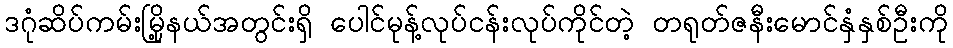
ဒဂုံဆိပ်ကမ်းမြို့နယ်အတွင်းရှိ ပေါင်မုန့်လုပ်ငန်းလုပ်ကိုင်တဲ့ တရုတ်ဇနီးမောင်နှံနှစ်ဦးကို